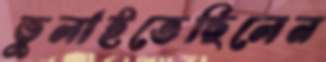
ভুলাইতেছিলেন